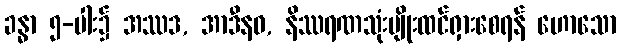
ခန္ဓာ ၅-ပါး၌ အဿဒ, အာဒီနဝ, နိဿရဏသုံးမျိုးထင်ရှားစေရန် ဟောသော